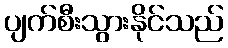
ပျက်စီးသွားနိုင်သည်